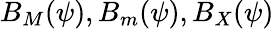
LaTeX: B_{M}(\psi),B_{m}(\psi),B_{X}(\psi)